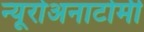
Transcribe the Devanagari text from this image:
न्यूरोअनाटोमी